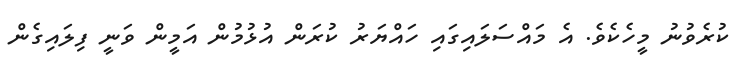
ކުރެވުނު މީހެކެވެ. އެ މައްސަލައިގައި ހައްޔަރު ކުރަން އުޅުމުން އަމީން ވަނީ ފިލައިގެން